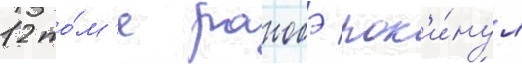
12 то́м'е ранобэ пок'и́нул